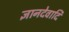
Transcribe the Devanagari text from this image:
ज्ञानदेवादि